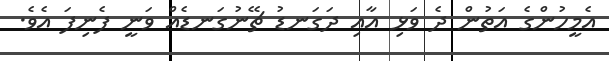
އެމީހުންގެ އަތުން ދެ ވަޅި އާއި ދަގަނޑު ޗޭނުގަނޑެއް ވަނީ ފެނިފަ އެވެ.